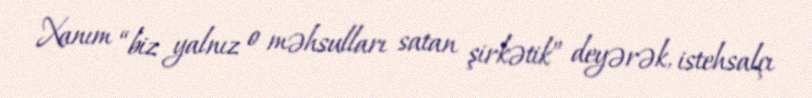
Xanım “biz yalnız o məhsulları satan şirkətik” deyərək, istehsalçı